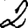
Digit: 2